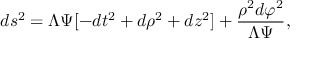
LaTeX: d s ^ { 2 } = \Lambda \Psi [ - d t ^ { 2 } + d \rho ^ { 2 } + d z ^ { 2 } ] + \frac { \rho ^ { 2 } d \varphi ^ { 2 } } { \Lambda \Psi } ,